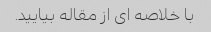
با خلاصه ای از مقاله بیایید.